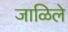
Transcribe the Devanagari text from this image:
जाळिले